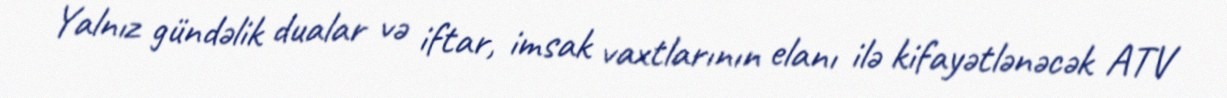
Yalnız gündəlik dualar və iftar, imsak vaxtlarının elanı ilə kifayətlənəcək ATV